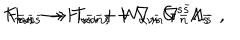
T _ { { \bar { m } } { \bar { n } } { \bar { s } } } \rightarrow T _ { { \bar { m } } { \bar { n } } { \bar { s } } } + \nabla _ { \bar { m } } \nabla _ { \bar { n } } \Lambda _ { \bar { s } } \hspace { 1 c m } H _ { \alpha \nu } \rightarrow H _ { \alpha \nu } + W _ { \alpha \nu s } G ^ { s { \bar { s } } } \Lambda _ { \bar { s } } \ ,